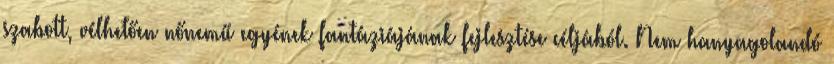
szabott, vélhetően nőnemű egyének fantáziájának fejlesztése céljából. Nem hanyagolandó